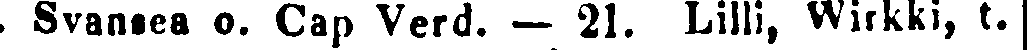
t. Svansea o. Cap Verd. — 21. Lilli, Wirkki, t.